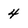
Character: 4